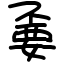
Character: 嫑